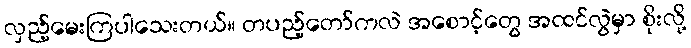
လှည့်မေးကြပါသေးတယ်။ တပည့်တော်ကလဲ အစောင့်တွေ အထင်လွဲမှာ စိုးလို့